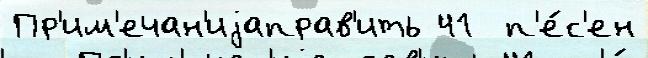
Пр'им'ечан'иjаправ'ить 41  п'е́с'ен